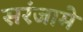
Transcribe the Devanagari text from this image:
सरंजामे